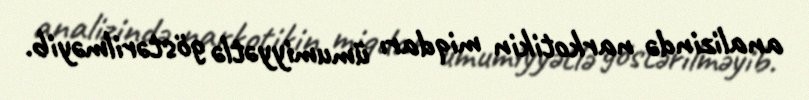
analizində narkotikin miqdarı ümumiyyətlə göstərilməyib.